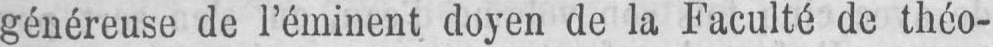
généreuse de l’éminent doyen de la Faculté de théo-